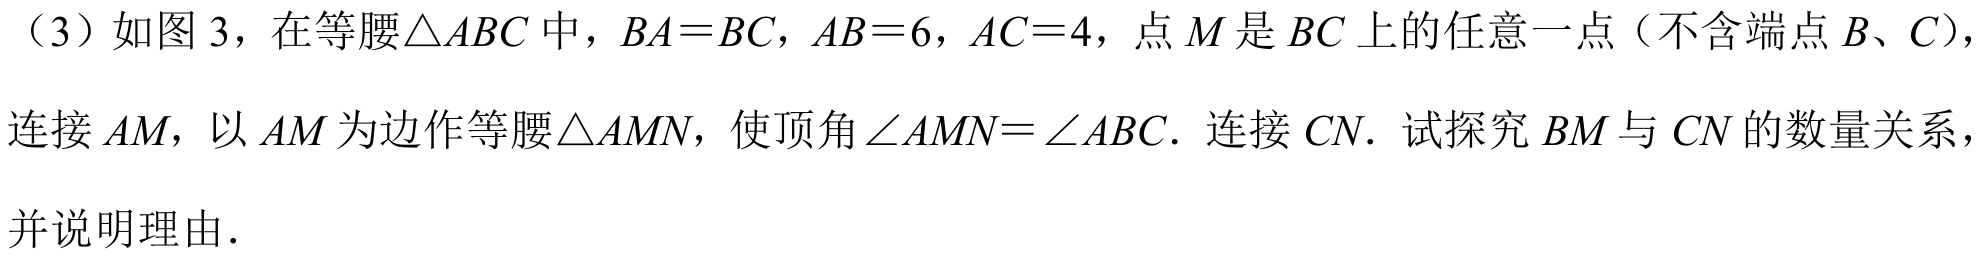
（3）如图 3，在等腰\(\triangle ABC\)中，\(BA = BC\)，\(AB = 6\)，\(AC = 4\)，点\(M\)是\(BC\)上的任意一点（不含端点\(B、C\)），连接\(AM\)，以\(AM\)为边作等腰\(\triangle AMN\)，使顶角\(\angle AMN=\angle ABC\). 连接\(CN\). 试探究\(BM\)与\(CN\)的数量关系，并说明理由.